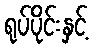
ရုပ်ပိုင်းနှင့်